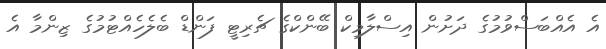
އެ އެއްބަސްވުމުގެ ދަށުން އިސްލާމިކް ބޭންކްގެ ޗެރިޓީ ފަންޑް ބެލެހެއްޓުމުގެ ޒިންމާ އެ